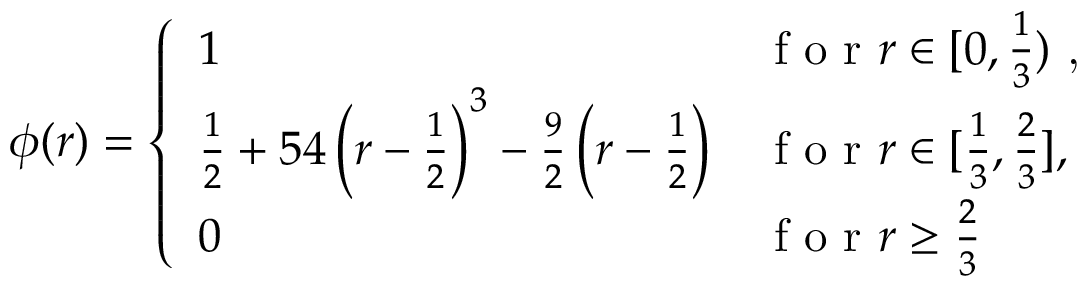
\phi ( r ) = \left\{ \begin{array} { l l } { 1 } & { \textrm { f o r \ensuremath { r \in [ 0 , \frac { 1 } { 3 } ) } , } } \\ { \frac { 1 } { 2 } + 5 4 \left( r - \frac { 1 } { 2 } \right) ^ { 3 } - \frac { 9 } { 2 } \left( r - \frac { 1 } { 2 } \right) } & { \textrm { f o r } r \in [ \frac { 1 } { 3 } , \frac { 2 } { 3 } ] , } \\ { 0 } & { \textrm { f o r } r \geq \frac { 2 } { 3 } } \end{array} \right.